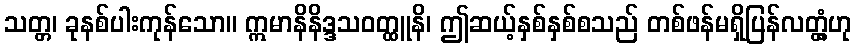
သတ္တ၊ ခုနစ်ပါးကုန်သော။ ဣမာနိနိဒ္ဒသဝတ္ထူနိ၊ ဤဆယ့်နှစ်နှစ်စသည် တစ်ဖန်မရှိပြန်လတ္တံ့ဟု